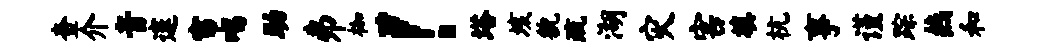
查介音邃帘唱助井枷！塔垓貌疏湖灾害填杭事谨踪燕和